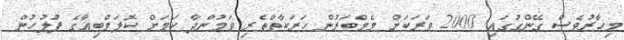
މިހާރުވެސް ގޭންގުގައި 2000 ވަރަކަށް މެމްބަރުން ހަރަކާތްތެރި ވަމުންދާ ކަމަށް ކޮލަމްބިއާގެ ފުލުހުން